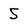
Character: 5